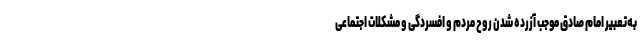
به‌تعبیر امام صادق موجب آزرده شدن روح مردم و افسردگی و مشکلات اجتماعی